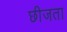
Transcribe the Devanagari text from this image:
छीजता